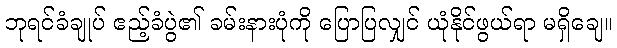
ဘုရင်ခံချုပ် ဧည့်ခံပွဲ၏ ခမ်းနားပုံကို ပြောပြလျှင် ယုံနိုင်ဖွယ်ရာ မရှိချေ။